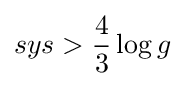
sys>{\frac {4}{3}}\log g